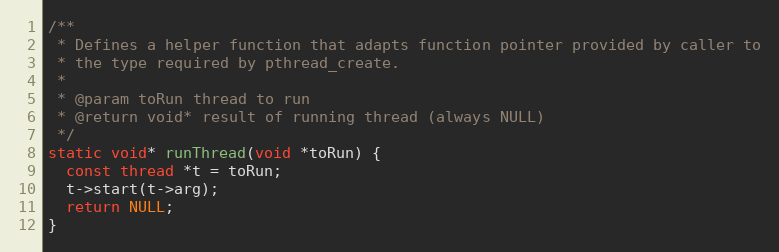
Language: C
/**
 * Defines a helper function that adapts function pointer provided by caller to
 * the type required by pthread_create.
 *
 * @param toRun thread to run
 * @return void* result of running thread (always NULL)
 */
static void* runThread(void *toRun) {
  const thread *t = toRun;
  t->start(t->arg);
  return NULL;
}